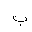
Letter: _ba